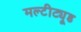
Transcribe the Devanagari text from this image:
मल्टीट्यूड